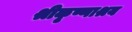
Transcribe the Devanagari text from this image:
श्रीकृष्णाश्रय